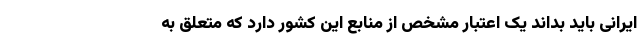
ایرانی باید بداند یک اعتبار مشخص از منابع این کشور دارد که متعلق به